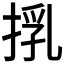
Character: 𢯚